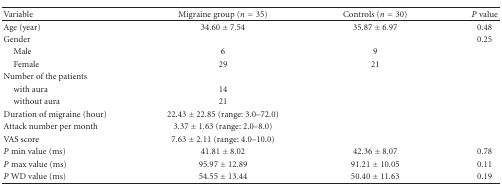
| Variable | Migraine group (n = 35) | Controls (n = 30) | P value |
 | --- | --- | --- | --- |
 | Age (year) | 34.60 ± 7.54 | 35.87 ± 6.97 | 0.48 |
 | Gender |  |  | 0.25 |
 | Male | 6 | 9 |  |
 | Female | 29 | 21 |  |
 | Number of the patients |  |  |  |
 | with aura | 14 |  |  |
 | without aura | 21 |  |  |
 | Duration of migraine (hour) | 22.43 ± 22.85 (range: 3.0–72.0) |  |  |
 | Attack number per month | 3.37 ± 1.63 (range: 2.0–8.0) |  |  |
 | VAS score | 7.63 ± 2.11 (range: 4.0–10.0) |  |  |
 | P min value (ms) | 41.81 ± 8.02 | 42.36 ± 8.07 | 0.78 |
 | P max value (ms) | 95.97 ± 12.89 | 91.21 ± 10.05 | 0.11 |
 | P WD value (ms) | 54.55 ± 13.44 | 50.40 ± 11.63 | 0.19 |